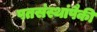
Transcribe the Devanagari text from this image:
पतसंस्थांपैकी